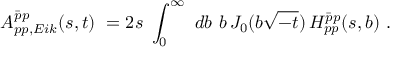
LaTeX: A _ { p p , E i k } ^ { \bar { p } p } ( s , t ) \ = 2 s \ \int _ { 0 } ^ { \infty } \ d b \ b \, J _ { 0 } ( b \sqrt { - t } ) \, H _ { p p } ^ { \bar { p } p } ( s , b ) \ .